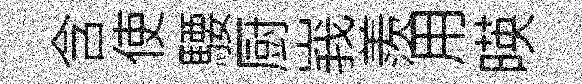
含使騕厨峩羨用暎